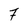
Character: 7